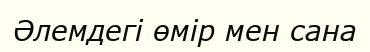
Әлемдегі өмір мен сана